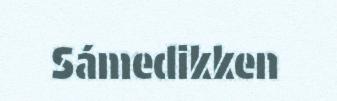
Sámedikken